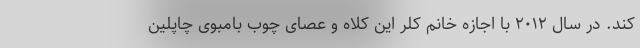
کند. در سال ۲۰۱۲ با اجازه خانم کلر این کلاه و عصای چوب بامبوی چاپلین